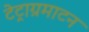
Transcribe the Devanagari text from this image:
टेट्राग्रमाटन